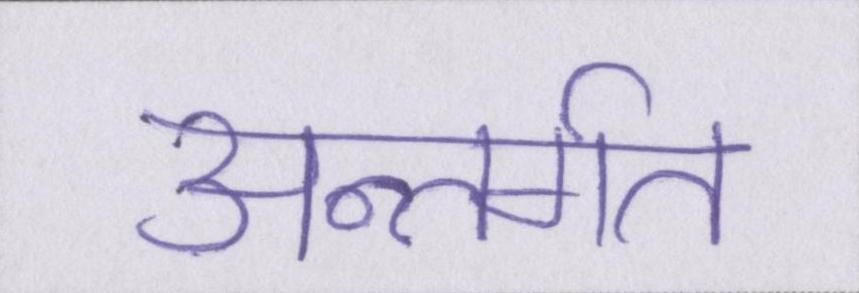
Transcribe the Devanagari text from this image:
अन्तर्गत